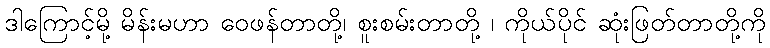
ဒါကြောင့်မို့ မိန်းမဟာ ဝေဖန်တာတို့၊ စူးစမ်းတာတို့ ၊ ကိုယ်ပိုင် ဆုံးဖြတ်တာတို့ကို